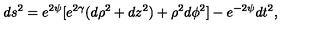
d s ^ { 2 } = e ^ { 2 \psi } [ e ^ { 2 \gamma } ( d \rho ^ { 2 } + d z ^ { 2 } ) + \rho ^ { 2 } d \phi ^ { 2 } ] - e ^ { - 2 \psi } d t ^ { 2 } ,